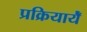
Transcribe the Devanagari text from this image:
प्रक्रियायेँ